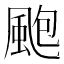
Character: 颮